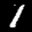
Label: 1